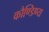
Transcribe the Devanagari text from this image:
कौण्डिण्य